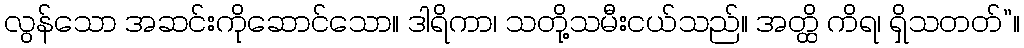
လွန်သော အဆင်းကိုဆောင်သော။ ဒါရိကာ၊ သတို့သမီးငယ်သည်။ အတ္ထိ ကိရ၊ ရှိသတတ်”။